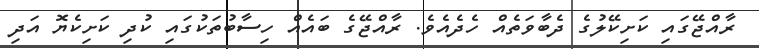
ރާއްޖޭގައި ކަށިކޭލުގެ ދެބާވަތެއް ހެދެއެވެ. ރާއްޖޭގެ ބައެއް ހިސާބުތަކުގައި ކުދި ކަށިކެޔޮ އަދި